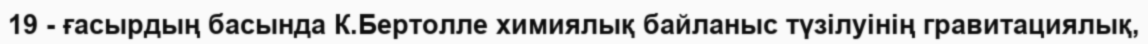
19 - ғасырдың басында К.Бертолле химиялық байланыс түзілуінің гравитациялық,